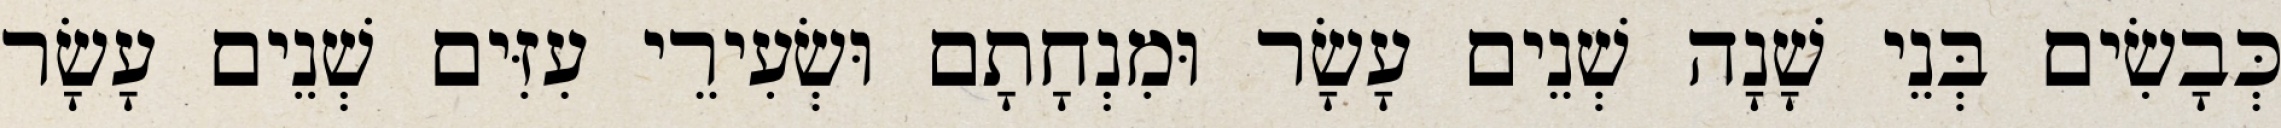
כְּבָשִׂים בְּנֵי שָׁנָה שְׁנֵים עָשָׂר וּמִנְחָתָם וּשְׂעִירֵי עִזִּים שְׁנֵים עָשָׂר